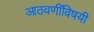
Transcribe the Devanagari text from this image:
आठवणींविषयी